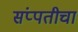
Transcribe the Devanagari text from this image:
संप्पतीचा